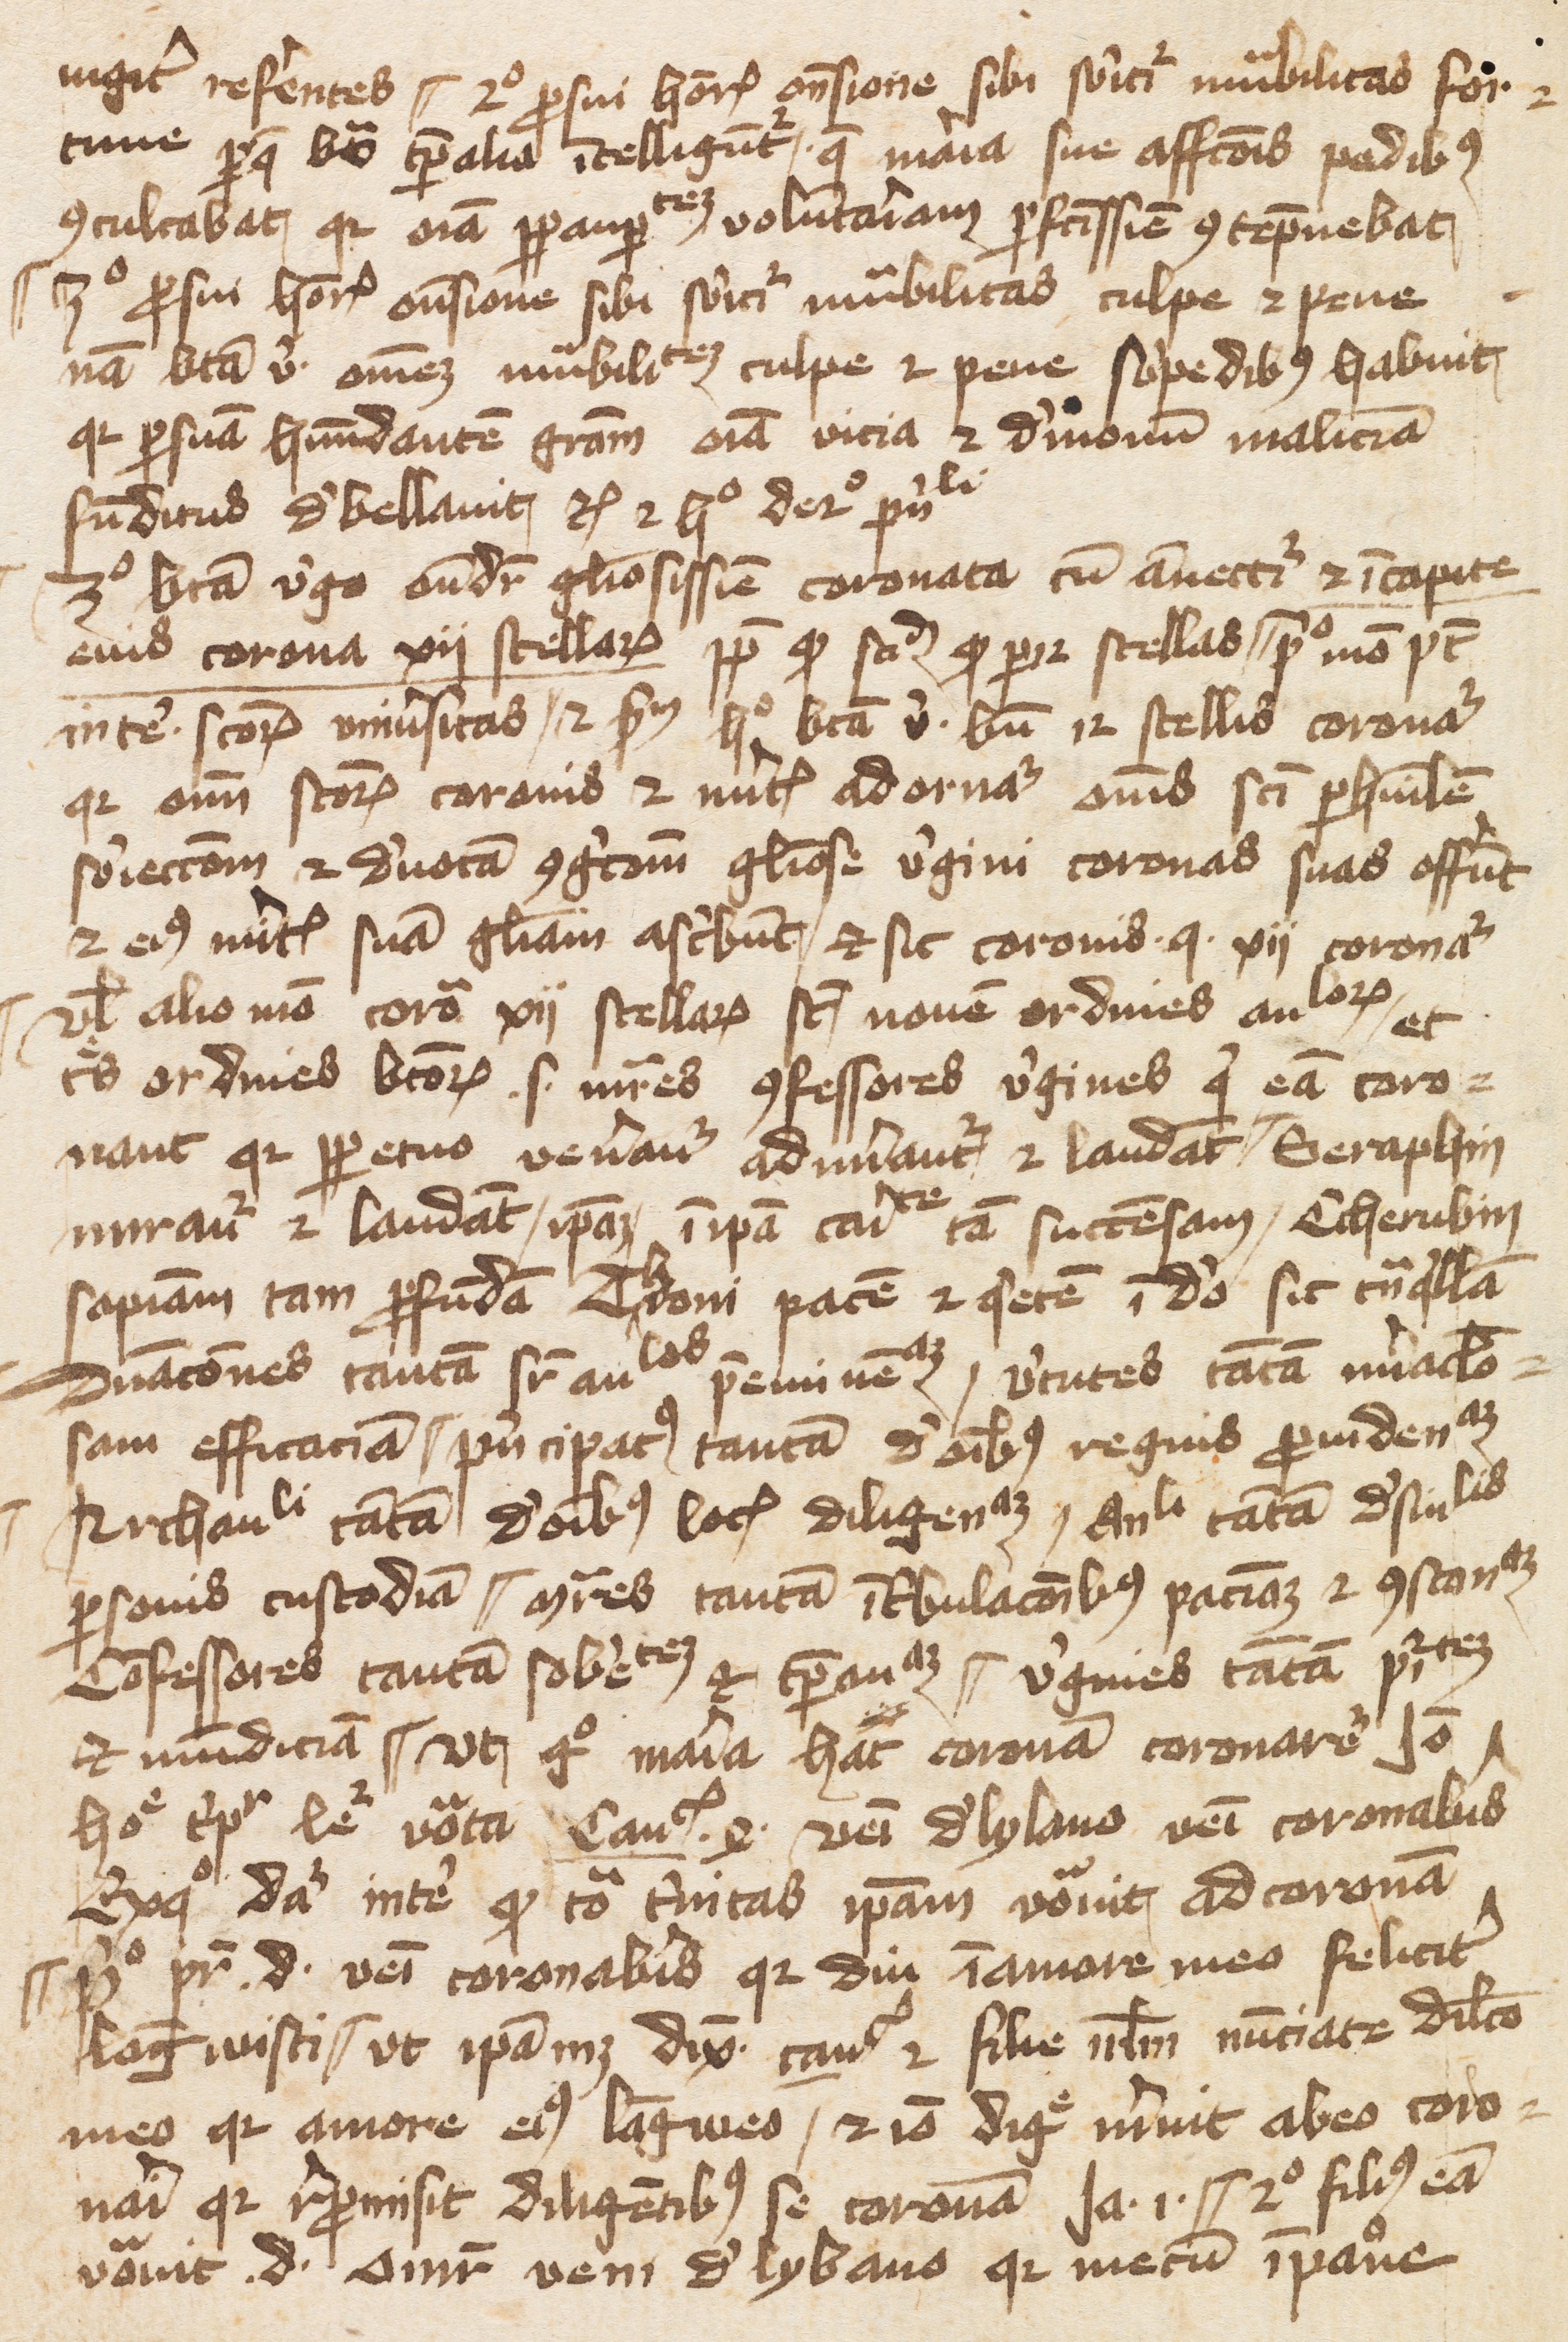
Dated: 1400–1415